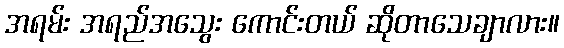
အရမ်း အရည်အသွေး ကောင်းတယ် ဆိုတာသေချာလား။